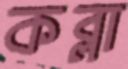
কব্‌লা